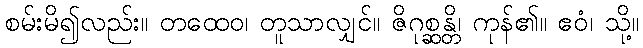
စမ်းမိ၍လည်း။ တထေဝ၊ တူသာလျှင်။ ဇိဂုစ္ဆန္တိ၊ ကုန်၏။ ဧဝံ၊ သို့။